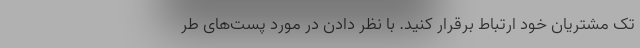
تک مشتریان خود ارتباط برقرار کنید. با نظر دادن در مورد پست‌های طر